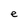
Character: e